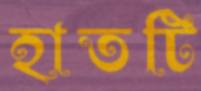
হাতটি